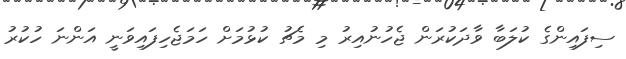
ސިފައިންގެ ކުލަބާ ވާދަކުރަން ޖެހުނުއިރު މި މެޗު ކުޅުމަށް ހަމަޖެހިފައިވަނީ އަންނަ ހުކުރު